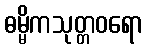
ဓမ္မိကသုတ္တဝရော